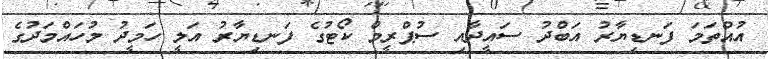
އުއްތަމަ ފަނޑިޔާރު އަބްދު ސައީދާއި ސުޕްރީމް ކޯޓުގެ ފަނޑިޔާރު އަލީ ހަމީދު މުހައްމަދުގެ